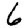
Digit: 6